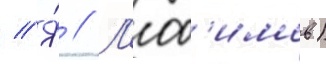
// Я́ // Л'юб'имов)